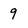
Character: 9